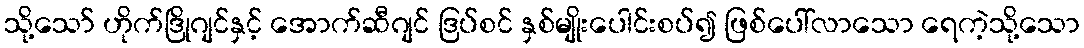
သို့သော် ဟိုက်ဒြိုဂျင်နှင့် အောက်ဆီဂျင် ဒြပ်စင် နှစ်မျိုးပေါင်းစပ်၍ ဖြစ်ပေါ်လာသော ရေကဲ့သို့သော